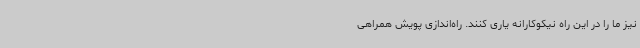
نیز ما را در این راه نیکوکارانه یاری کنند. راه‌اندازی پویش همراهی